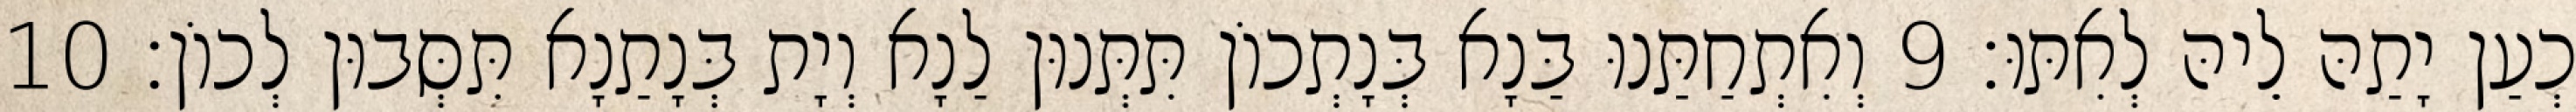
כְעַן יָתַהּ לֵיהּ לְאִתּוּ׃ 9 וְאִתְחַתַּנוּ בַּנָא בְּנָתְכוֹן תִּתְּנוּן לַנָא וְיָת בְּנָתַנָא תִּסְּבוּן לְכוֹן׃ 10